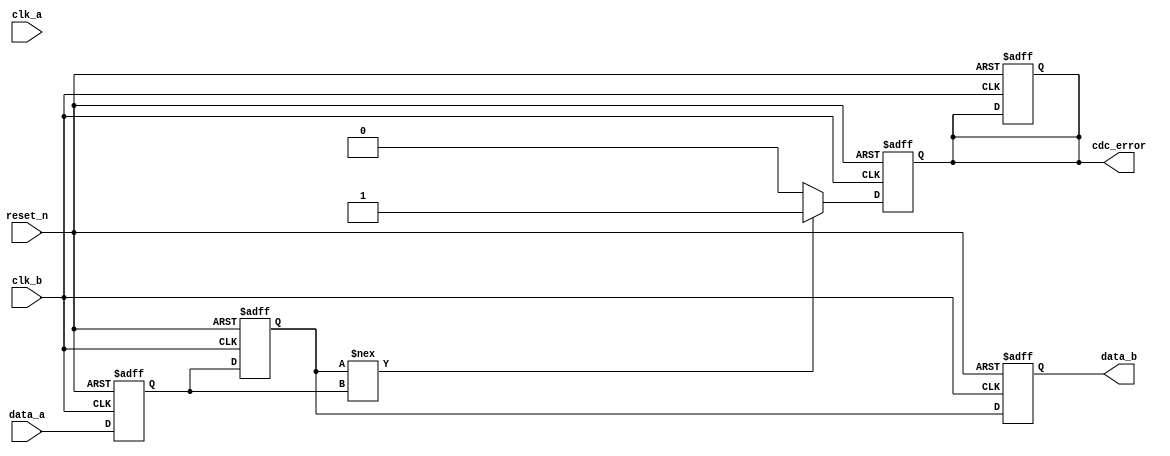
module cdc_detector #(
    parameter WIDTH = 1 // Width of the input signal
) (
    input wire clk_a,                // Clock domain A
    input wire clk_b,                // Clock domain B
    input wire reset_n,              // Asynchronous reset (active low)
    input wire [WIDTH-1:0] data_a,   // Input data from clock domain A
    output reg cdc_error,            // CDC error flag
    output reg [WIDTH-1:0] data_b    // Output data to clock domain B
);

    reg [WIDTH-1:0] sync_stage1;     // First stage of synchronization
    reg [WIDTH-1:0] sync_stage2;     // Second stage of synchronization

    // Synchronization process for clock domain B
    always @(posedge clk_b or negedge reset_n) begin
        if (!reset_n) begin
            sync_stage1 <= 0;
            sync_stage2 <= 0;
            cdc_error <= 0;
        end else begin
            sync_stage1 <= data_a;        // Capture data from clk_a
            sync_stage2 <= sync_stage1;   // Second flip-flop for metastability
        end
    end

    // Output data and error detection
    always @(posedge clk_b or negedge reset_n) begin
        if (!reset_n) begin
            data_b <= 0;
            cdc_error <= 0;
        end else begin
            data_b <= sync_stage2;        // Output data to clk_b

            // Detect CDC error
            if (sync_stage2 !== sync_stage1) begin
                cdc_error <= 1;           // Set error flag if discrepancy is found
            end else begin
                cdc_error <= 0;           // Clear error flag if no discrepancy
            end
        end
    end

endmodule